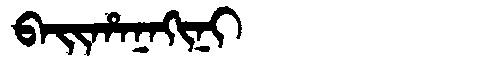
Manchu: ᠪᠠᡳᡥᠠᠨᠠᡴᡳᠨᡳ
Romanization: BAIHANAKINI